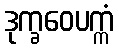
ဒုက္ခဝေပက္ကံ